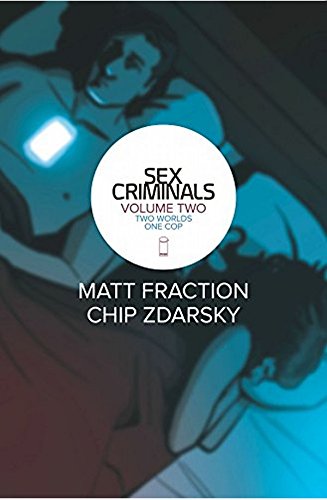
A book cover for Sex Criminals, Vol. 2: Two Worlds, One Cop (Sex Criminals Tp); Matt Fraction; Comics & Graphic Novels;